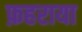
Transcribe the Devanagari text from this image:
फ़हराया